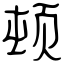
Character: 顿